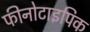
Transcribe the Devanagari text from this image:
फीनोटाइपिक